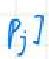
$P_{j} ]$